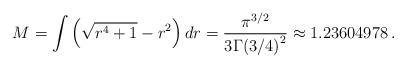
LaTeX: \begin{align*}M = \int \left(\sqrt{r^4+1}-r^2\right)dr =\frac{\pi^{3/2}}{3{\Gamma (3/4)}^2}\approx 1.23604978 \, .\end{align*}